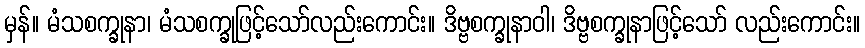
မှန်။ မံသစက္ခုနာ၊ မံသစက္ခုဖြင့်သော်လည်းကောင်း။ ဒိဗ္ဗစက္ခုနာဝါ၊ ဒိဗ္ဗစက္ခုနာဖြင့်သော် လည်းကောင်း။